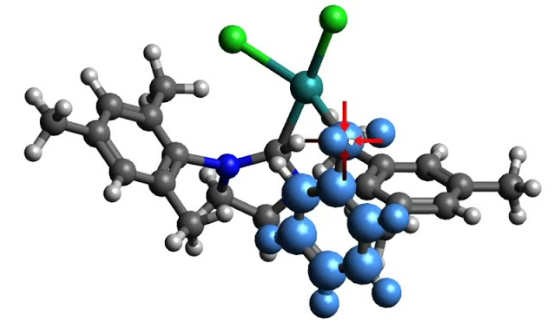
avogadro, ball and sticks